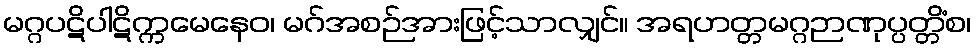
မဂ္ဂပဋိပါဋိက္ကမေနေဝ၊ မဂ်အစဉ်အားဖြင့်သာလျှင်။ အရဟတ္တမဂ္ဂဉာဏုပ္ပတ္တိံစ၊